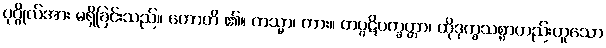
ပုဂ္ဂိုလ်အား မရှိခြင်းသည်။ ဟောတိ ၏။ ကသ္မာ၊ ကား။ တပ္ပဋိပက္ခတ္တာ၊ ထိုဒုက္ခသစ္စာတည်းဟူသော